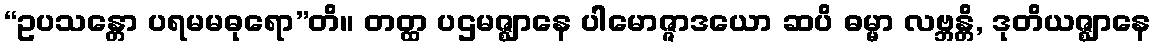
“ဥပသန္တော ပရမမဓုရော”တိ။ တတ္ထ ပဌမဇ္ဈာနေ ပါမောဇ္ဇာဒယော ဆပိ ဓမ္မာ လဗ္ဘန္တိ, ဒုတိယဇ္ဈာနေ